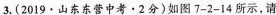
3.(2019·山东东营中考·2分)如图7-2-14所示，请